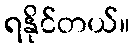
ရနိုင်တယ်။